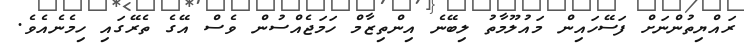
ރައްޔިތުންނަށް ފަސޭހައިން މައުލޫމާތު ލިބޭނެ އިންތިޒާމް ހަމަޖެއްސުން ވެސް އޭގެ ތެރޭގައި ހިމެނެއެވެ.